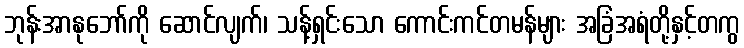
ဘုန်းအာနုဘော်ကို ဆောင်လျက်၊ သန့်ရှင်းသော ကောင်းကင်တမန်များ အခြံအရံတို့နှင့်တကွ